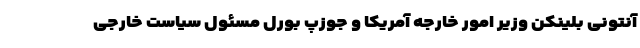
آنتونی بلینکن وزیر امور خارجه آمریکا و جوزپ بورل مسئول سیاست خارجی